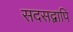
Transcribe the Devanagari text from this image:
सदसद्वापि